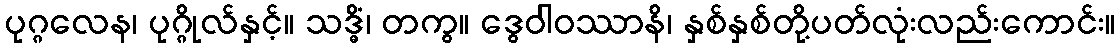
ပုဂ္ဂလေန၊ ပုဂ္ဂိုလ်နှင့်။ သဒ္ဓိံ၊ တကွ။ ဒွေဝါဝဿာနိ၊ နှစ်နှစ်တို့ပတ်လုံးလည်းကောင်း။